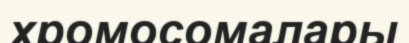
хромосомалары